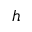
h